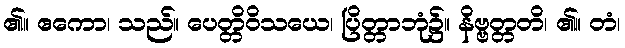
၏။ ဧကော၊ သည်။ ပေတ္တိဝိသယေ၊ ပြိတ္တာဘုံ၌။ နိဗ္ဗတ္တတိ၊ ၏။ တံ၊